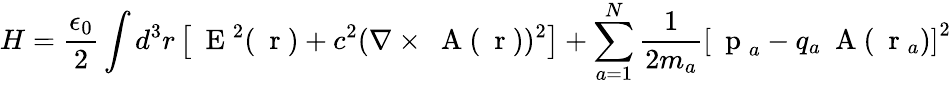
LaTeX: H=\frac{\epsilon_{0}}{2}\int d^{3}r\left[\mathrm{~\mathbf~E~}^{2}(\mathrm{~\mathbf~r~})+c^{2}(\nabla\times\mathrm{~\mathbf~A~}(\mathrm{~\mathbf~r~}))^{2}\right]+\sum_{a=1}^{N}\frac{1}{2m_{a}}\left[\mathrm{~\mathbf~p~}_{a}-q_{a}\mathrm{~\mathbf~A~}(\mathrm{~\mathbf~r~}_{a})\right]^{2}